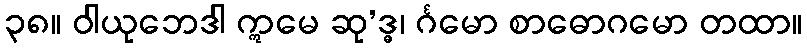
၃၈။ ဝါယုဘေဒါ ဣမေ ဆု’ဒ္ဓ၊ င်္ဂမော စာဓောဂမော တထာ။